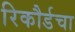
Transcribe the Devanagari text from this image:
रिकौर्डचा